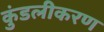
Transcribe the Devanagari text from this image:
कुंडलीकरण